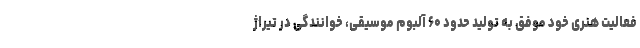
فعالیت هنری خود موفق به تولید حدود ۶۰ آلبوم موسیقی، خوانندگی در تیراژ